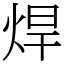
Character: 焊